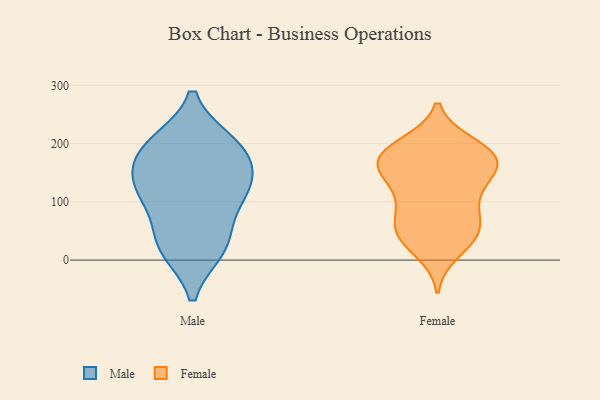
{"axis": {"x": "Revenue (USD Million)", "y": "Value"}, "legend": ["Female", "Male"], "data": [{"x": "", "y": 22, "type": "Male"}, {"x": "", "y": 20, "type": "Male"}, {"x": "", "y": 115, "type": "Male"}, {"x": "", "y": 136, "type": "Male"}, {"x": "", "y": 121, "type": "Male"}, {"x": "", "y": 186, "type": "Male"}, {"x": "", "y": 200, "type": "Male"}, {"x": "", "y": 199, "type": "Male"}, {"x": "", "y": 107, "type": "Male"}, {"x": "", "y": 38, "type": "Male"}, {"x": "", "y": 170, "type": "Male"}, {"x": "", "y": 174, "type": "Female"}, {"x": "", "y": 195, "type": "Female"}, {"x": "", "y": 76, "type": "Female"}, {"x": "", "y": 15, "type": "Female"}, {"x": "", "y": 198, "type": "Female"}, {"x": "", "y": 96, "type": "Female"}, {"x": "", "y": 169, "type": "Female"}, {"x": "", "y": 127, "type": "Female"}, {"x": "", "y": 36, "type": "Female"}, {"x": "", "y": 39, "type": "Female"}, {"x": "", "y": 53, "type": "Female"}, {"x": "", "y": 170, "type": "Female"}, {"x": "", "y": 179, "type": "Female"}, {"x": "", "y": 166, "type": "Female"}, {"x": "", "y": 186, "type": "Female"}, {"x": "", "y": 68, "type": "Female"}, {"x": "", "y": 116, "type": "Female"}, {"x": "", "y": 48, "type": "Female"}, {"x": "", "y": 142, "type": "Female"}, {"x": "", "y": 150, "type": "Female"}]}